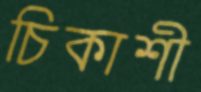
চিকাশী